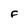
Character: F